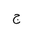
Letter: _gim